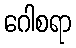
ဂေါစရာ